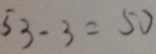
5 3 - 3 = 5 0